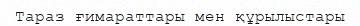
Тараз ғимараттары мен құрылыстары